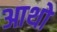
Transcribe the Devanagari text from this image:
आथो